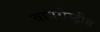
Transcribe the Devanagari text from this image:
बायरोस्ट्रीस